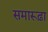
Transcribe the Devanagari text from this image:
समारूढ़ा